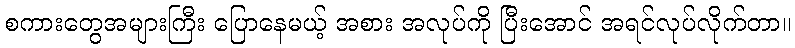
စကားတွေအများကြီး ပြောနေမယ့် အစား အလုပ်ကို ပြီးအောင် အရင်လုပ်လိုက်တာ။